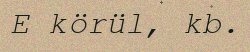
E körül, kb.